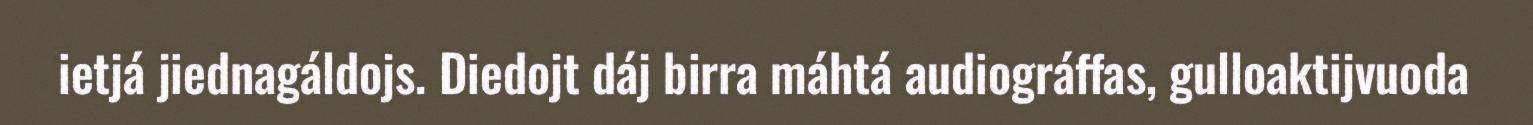
ietjá jiednagáldojs. Diedojt dáj birra máhtá audiográffas, gulloaktijvuoda